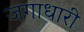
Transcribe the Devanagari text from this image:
जगाधारी